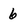
Character: 6